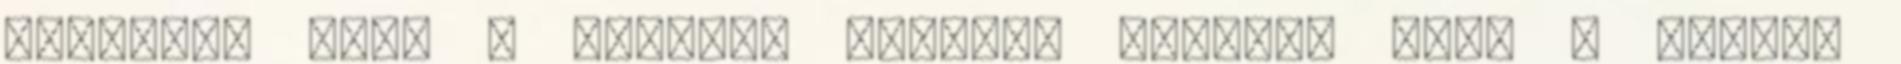
ugratta, hogy ő mindent másként csinál, mint a rendes